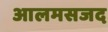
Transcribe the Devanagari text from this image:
आलमसजद